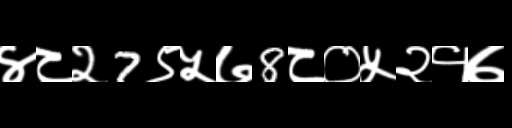
Text: ४८२7९५७8८०५२१७